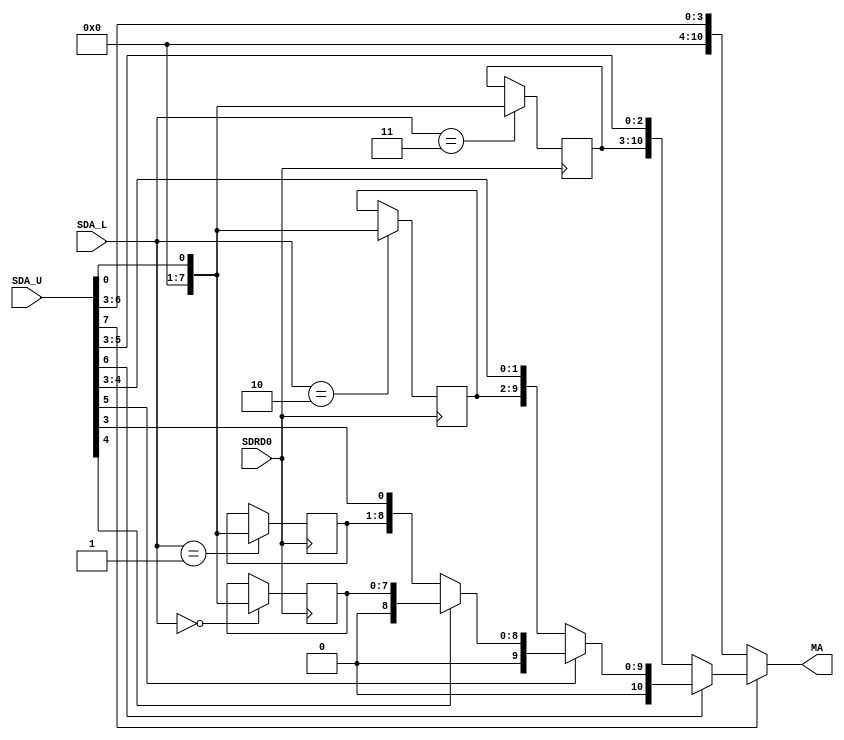
// This program was cloned from: https://github.com/neogeodev/NeoGeoFPGA-sim
// License: GNU General Public License v3.0

`timescale 1ns/1ns

module zmc(
	input SDRD0,
	input [1:0] SDA_L,
	input [15:8] SDA_U,
	output [21:11] MA
);

	// Initialize ?
	//      Z80         ROM          Region	Reg
	// 1E = F000~F7FF = F000~F7FF		1111		(0)
	// 0E = E000~EFFF = E000~EFFF		1110		(1)
	// 06 = C000~DFFF = C000~DFFF		110x		(2)
	// 02 = 8000~BFFF = 8000~BFFF		10xx		(3)
	
	//                      IIII Iiii
	//                      MMMM M
	// 0001 1110 -> 00 0xxx 1111 0--- ---- ----
	// 0000 1110 -> 00 xxxx 1110 ---- ---- ----
	// 0000 0110 -> 0x xxxx 110- ---- ---- ----
	// 0000 0010 -> xx xxxx 10-- ---- ---- ----
	// MA:          xx xxxx xxxx x--- ---- ----

	wire BANKSEL = SDA_U[15:8];		// SDA15 used for something else ?
	
	reg [7:0] RANGE_0;					// 2048 ? Can only access max. 512kB ROM
	reg [7:0] RANGE_1;					// 1024 ? Can only access max. 1MB ROM
	reg [7:0] RANGE_2;					// 512 ?  Can only access max. 2MB ROM
	reg [7:0] RANGE_3;
	
	assign MA = SDA_U[15] ?				// In mapped region ?
						~SDA_U[14] ?
							{RANGE_3, SDA_U[13:11]} :					// 8000~BFFF
							~SDA_U[13] ?
								{1'b0, RANGE_2, SDA_U[12:11]} :		// C000~DFFF
								~SDA_U[12] ?
									{2'b00, RANGE_1, SDA_U[11]} :		// E000~EFFF
									{3'b000, RANGE_0} :					// F000~F7FF
					{6'b000000, SDA_U[15:11]};							// Pass through

	always @(posedge SDRD0)
	begin
		case (SDA_L)
			0: RANGE_0 <= BANKSEL;
			1: RANGE_1 <= BANKSEL;
			2: RANGE_2 <= BANKSEL;
			3: RANGE_3 <= BANKSEL;
		endcase
	end
	
endmodule